Lunatic asylums Central Provinces reports 1886-1894 - 1886-1894
Year: 1886
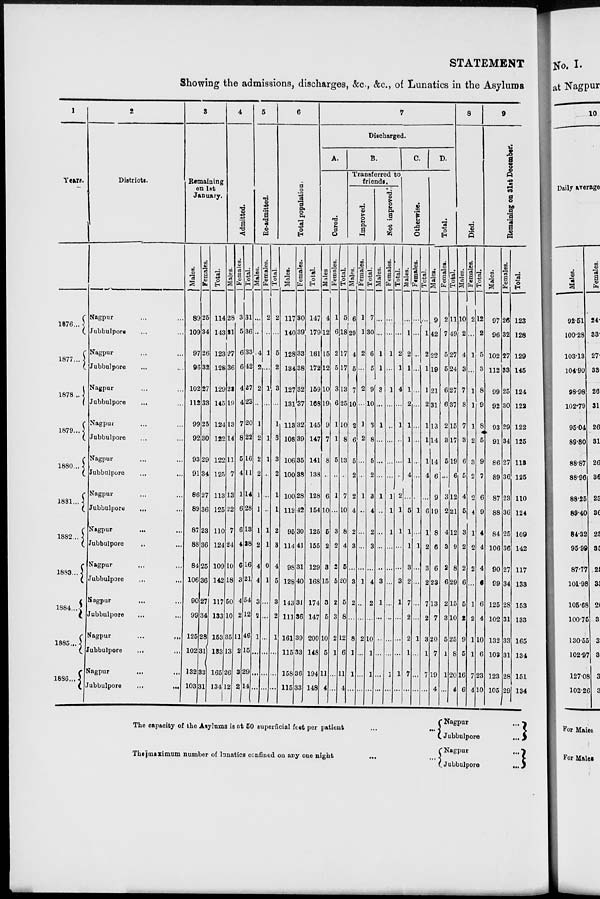
STATEMENT
Showing the admissions, discharges, &c., &c., of Lunatics in the Asylums
1
Years.
1876 ...
1877 ...
1878 ...
1879 ...
1880 ...
1881 ...
1882 ...
1883 ...
1884 ...
1885 ...
1886...
2
Districts.
Nagpur ... ...
Jubbulpore ... ...
Nagpur ... ...
Jubbulpore ... ...
Nagpur ... ...
Jubbulpore ... ...
Nagpur ... ...
Jubbulpore ... ...
Nagpur ... ...
Jubbulpore ... ...
Nagpur ... ...
Jubbulpore ... ...
Nagpur ... ...
Jubbulpore ... ...
Nagpur ... ...
Jubbulpore ... ...
Nagpur ... ...
Jubbulpore ... ...
Nagpur ... ...
Jubbulpore
...
...
Nagpur
...
...
Jubbulpore ... ...
3
Remaining
on 1st
January.
Males.
89
109
97
96
102
112
99
92
93
91
86
89
87
88
84
106
90
99
125
102
132
103
Females.
25
34
26
32
27
33
25
30
29
34
27
36
23
36
25
36
27
34
28
31
33
31
Total.
114
143
123
128
129
145
124
122
122
125
113
125
110
124
109
142
117
133
153
133
165
134
4
Admitted.
Males.
28
31
27
36
23
19
13
14
11
7
13
22
7
24
10
18
50
10
35
13
26
12
Females.
3
5
6
6
4
4
7
8
5
4
1
6
6
4
6
3
4
2
11
2
3
2
Total.
31
36
33
42
27
23
20
22
16
11
14
28
13
28
16
21
54
12
46
15
29
14
5
Re-admitted.
Males.
...
...
4
2
2
...
1
2
2
2
1
1
1
2
4
4
3
2
1
...
...
...
Females.
2
...
1
...
1
...
...
1
1
...
...
...
1
1
0
1
...
...
...
...
...
...
Total.
2
...
5
2
3
...
1
3
3
2
1
1
2
3
4
5
3
2
1
...
...
...
6
Total population.
Males.
117
140
128
134
127
131
113
108
106
100
100
112
95
114
98
128
143
111
161
115
158
115
Females.
30
39
33
38
32
37
32
39
35
38
28
42
30
41
31
40
31
36
39
33
36
33
Total.
147
179
161
172
159
168
145
147
141
138
128
154
125
155
129
168
174
147
200
148
194
148
7
Discharged.
A.
Cured.
Males
4
12
15
12
10
19
9
7
8
...
6
10
5
2
3
15
3
5
10
5
11
4
Females.
1
6
2
5
3
6
1
1
5
...
1
...
3
2
2
5
2
3
2
1
...
...
Total.
5
18
17
17
13
25
10
8
13
...
7
10
8
4
5
20
5
8
12
6
11
4
B.
Transferred to
friends.
Improved.
Males.
6
29
4
5
7
10
2
6
5
2
2
4
2
3
...
3
2
...
8
1
1
...
Females.
1
1
2
...
2
...
1
2
...
...
1
...
...
...
...
1
...
...
2
...
...
...
Total.
7
30
6
5
9
10
3
8
5
2
3
4
2
3
...
4
2
...
10
1
1
...
Not improved.
Males.
...
...
1
1
3
...
1
...
...
...
1
...
...
...
...
3
1
...
...
...
...
...
Females.
...
...
1
...
1
...
...
...
...
...
1
1
1
...
...
...
...
...
...
...
1
...
Total.
...
...
2
1
4
...
1
...
...
...
2
1
1
...
...
3
1
...
...
...
1
...
C.
Otherwise.
Males.
...
1
2
1
1
2
1
1
1
4
...
5
1
1
3
2
7
2
2
1
7
...
Females.
...
...
...
...
...
...
...
...
...
...
...
1
...
1
...
...
...
...
1
...
...
...
Total.
...
1
2
1
1
2
1
1
1
4
...
6
1
2
3
2
7
2
3
1
7
...
D.
Total.
Males.
9
42
22
19
21
31
13
14
14
6
9
19
8
6
6
23
13
7
20
7
19
4
Females.
2
7
5
5
6
6
2
3
5
...
3
2
4
3
2
6
2
3
5
1
1
...
Total.
11
49
27
24
27
37
15
17
19
6
12
21
12
9
8
29
15
10
25
8
20
4
8
Died.
Males.
10
2
4
3
7
8
7
3
6
5
4
5
3
2
2
6
5
2
9
5
16
6
Females.
2
...
1
...
1
1
1
2
3
2
2
4
1
2
2
...
1
2
1
1
7
4
Total.
12
2
5
3
8
9
8
5
9
7
6
9
4
4
4
6
6
4
10
6
23
10
9
Remaining on 31st December.
Males.
97
96
102
112
99
92
93
91
86
89
87
88
84
106
90
99
125
102
132
103
123
105
Females.
26
32
27
33
25
30
29
34
27
36
23
36
25
36
27
34
28
31
33
31
28
29
Total.
123
128
129
145
124
122
122
125
113
125
110
124
109
142
117
133
153
133
165
134
151
134
The capacity of the Asylums is at 50 superficial feet per patient
...
...
The maximum number of lunatics confined on any one night ... ...
Nagpur
...
Jubbulpore
...
Nagpur
...
Jubbulpore
...